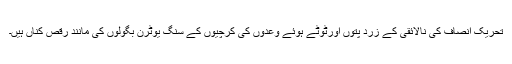
تحریک ِانصاف کی نالائقی کے زرد پتوں اورٹوٹے ہوئے وعدوں کی کرچیوں کے سنگ یوٹرن بگولوں کی مانند رقص کناں ہیں۔